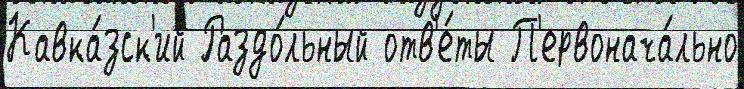
Кавка́зск'ий Раздо́льный отв'е́ты П'ервонача́льно